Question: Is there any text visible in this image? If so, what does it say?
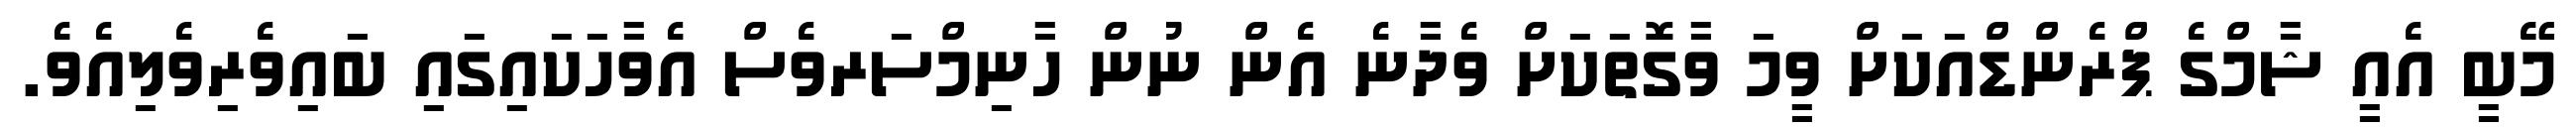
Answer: މޭބީ އެއީ ޝާމްގެ ޕްރެންޑްއަކަށް ވީމަ ވާގޮތަކަށް ވެދާނެ އެން ނުން ހާނިމްސަރވެސް އެވާހަކައިގައި ބައިވެރިވެލިއެވެ.